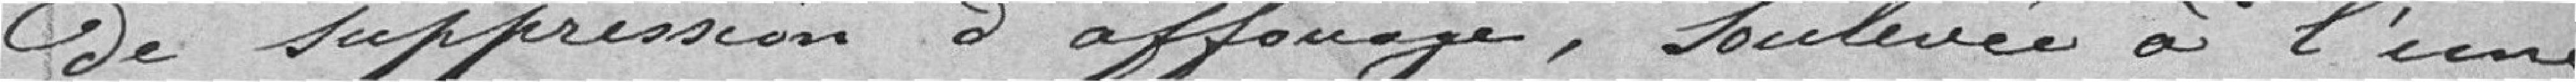
de suppression d'affouage, Soulevée à l'une